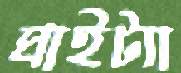
ঘাইট্যা